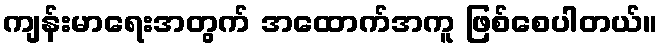
ကျန်းမာရေးအတွက် အထောက်အကူ ဖြစ်စေပါတယ်။